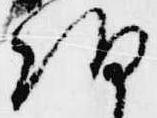
朝